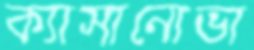
ক্যাসানোভা